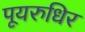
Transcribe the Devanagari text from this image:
पूयरुधिर